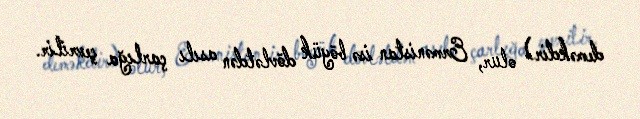
deməkdir) olur, Ermənistan isə böyük dövlətdən asılı çarlığa çevrilir.